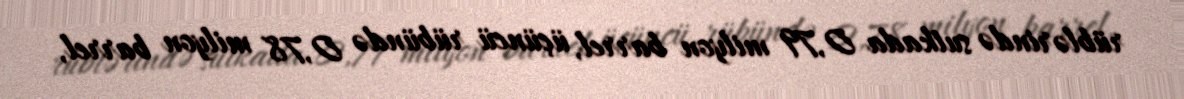
rüblərində sutkada 0,79 milyon barrel, üçüncü rübündə 0,78 milyon barrel,